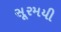
સૂરમયી